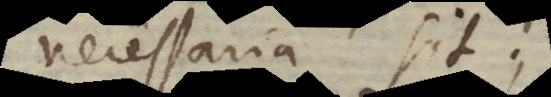
necessaria sit